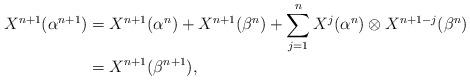
LaTeX: \begin{align*}X^{n+1}(\alpha^{n+1}) &= X^{n+1}(\alpha^{n}) + X^{n+1}(\beta^{n}) + \sum_{j=1}^{n} X^{j}(\alpha^{n}) \otimes X^{n+1-j}(\beta^{n}) \\&= X^{n+1} (\beta^{n+1}), \end{align*}